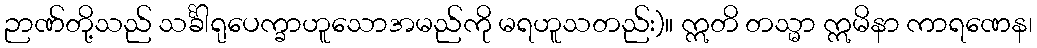
ဉာဏ်တို့သည် သင်္ခါရုပေက္ခာဟူသောအမည်ကို မရဟူသတည်း)။ ဣတိ တသ္မာ ဣမိနာ ကာရဏေန၊